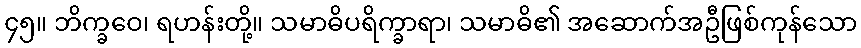
၄၅။ ဘိက္ခဝေ၊ ရဟန်းတို့။ သမာဓိပရိက္ခာရာ၊ သမာဓိ၏ အဆောက်အဦဖြစ်ကုန်သော